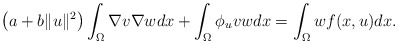
\begin{align*}\left(a+b\|u\|^{2}\right)\int_{\Omega}\nabla v\nabla wdx+\int_{\Omega}\phi_{u}vwdx=\int_{\Omega}wf(x, u)dx.\end{align*}